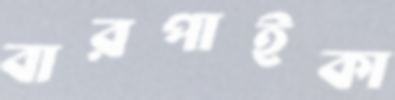
বারপাইকা